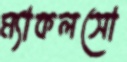
ম্যাকলসো